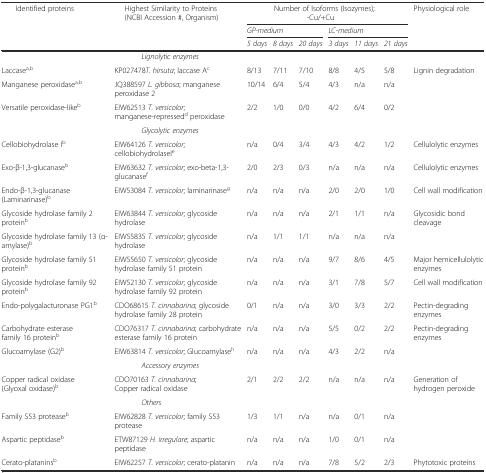
<table><thead><tr><td rowspan="3"><b>Identified proteins</b></td><td rowspan="3"><b>Highest Similarity to Proteins (NCBI Accession #, Organism)</b></td><td colspan="6"><b>Number of Isoforms (Isozymes); -Cu/+Cu</b></td><td rowspan="3"><b>Physiological role</b></td></tr><tr><td colspan="3"><b><i>GP-medium</i></b></td><td colspan="3"><b><i>LC-medium</i></b></td></tr><tr><td><b><i>5 days</i></b></td><td><b><i>8 days</i></b></td><td><b><i>20 days</i></b></td><td><b><i>3 days</i></b></td><td><b><i>11 days</i></b></td><td><b><i>21 days</i></b></td></tr></thead><tbody><tr><td colspan="9"><i>Lignolytic enzymes</i></td></tr><tr><td>Laccase<sup>a,b</sup></td><td>KP027478<i>T. hirsuta</i>; laccase A<sup>c</sup></td><td>8/13</td><td>7/11</td><td>7/10</td><td>8/8</td><td>4/5</td><td>5/8</td><td rowspan="3">Lignin degradation</td></tr><tr><td>Manganese peroxidase<sup>a,b</sup></td><td>JQ388597 <i>L. gibbosa</i>; manganese peroxidase 2</td><td>10/14</td><td>6/4</td><td>5/4</td><td>4/3</td><td>n/a</td><td>n/a</td></tr><tr><td>Versatile peroxidase-like<sup>b</sup></td><td>EIW62513 <i>T. versicolor</i>; manganese-repressed<sup>d</sup> peroxidase</td><td>2/2</td><td>1/0</td><td>0/0</td><td>4/2</td><td>6/4</td><td>0/2</td></tr><tr><td colspan="9"><i>Glycolytic enzymes</i></td></tr><tr><td>Cellobiohydrolase I<sup>b</sup></td><td>EIW64126 <i>T. versicolor</i>; cellobiohydrolaseI<sup>e</sup></td><td>n/a</td><td>0/4</td><td>3/4</td><td>4/3</td><td>4/2</td><td>1/2</td><td>Cellulolytic enzymes</td></tr><tr><td>Exo-β-1,3-glucanase<sup>b</sup></td><td>EIW63632 <i>T. versicolor</i>; exo-beta-1,3-glucanase<sup>f</sup></td><td>2/0</td><td>2/3</td><td>0/3</td><td>n/a</td><td>n/a</td><td>n/a</td><td>Cellulolytic enzymes</td></tr><tr><td>Endo-β-1,3-glucanase (Laminarinase)<sup>b</sup></td><td>EIW53084 <i>T. versicolor</i>; laminarinase<sup>g</sup></td><td>n/a</td><td>n/a</td><td>n/a</td><td>2/0</td><td>2/0</td><td>1/0</td><td>Cell wall modification</td></tr><tr><td>Glycoside hydrolase family 2 protein<sup>b</sup></td><td>EIW63844 <i>T. versicolor</i>; glycoside hydrolase</td><td>n/a</td><td>n/a</td><td>n/a</td><td>2/1</td><td>1/1</td><td>n/a</td><td>Glycosidic bond cleavage</td></tr><tr><td>Glycoside hydrolase family 13 (α-amylase)<sup>b</sup></td><td>EIW55835 <i>T. versicolor</i>; glycoside hydrolase</td><td>n/a</td><td>1/1</td><td>1/1</td><td>n/a</td><td>n/a</td><td>n/a</td><td></td></tr><tr><td>Glycoside hydrolase family 51 protein<sup>b</sup></td><td>EIW55650 <i>T. versicolor</i>; glycoside hydrolase family 51 protein</td><td>n/a</td><td>n/a</td><td>n/a</td><td>9/7</td><td>8/6</td><td>4/5</td><td>Major hemicellulolytic enzymes</td></tr><tr><td>Glycoside hydrolase family 92 protein<sup>b</sup></td><td>EIW52130 <i>T. versicolor</i>; glycoside hydrolase family 92 protein</td><td>n/a</td><td>n/a</td><td>n/a</td><td>3/1</td><td>7/8</td><td>5/7</td><td>Cell wall modification</td></tr><tr><td>Endo-polygalacturonase PG1<sup>b</sup></td><td>CDO68615 <i>T. cinnabarina</i>; glycoside hydrolase family 28 protein</td><td>0/1</td><td>n/a</td><td>n/a</td><td>3/0</td><td>3/3</td><td>2/2</td><td>Pectin-degrading enzymes</td></tr><tr><td>Carbohydrate esterase family 16 protein<sup>b</sup></td><td>CDO76317 <i>T. cinnabarina</i>; carbohydrate esterase family 16 protein</td><td>n/a</td><td>n/a</td><td>n/a</td><td>5/5</td><td>0/2</td><td>2/2</td><td>Pectin-degrading enzymes</td></tr><tr><td>Glucoamylase (G2)<sup>b</sup></td><td>EIW63814 <i>T. versicolor</i>; Glucoamylase<sup>h</sup></td><td>n/a</td><td>n/a</td><td>n/a</td><td>4/3</td><td>2/2</td><td>n/a</td><td></td></tr><tr><td colspan="9"><i>Accessory enzymes</i></td></tr><tr><td>Copper radical oxidase (Glyoxal oxidase)<sup>b</sup></td><td>CDO70163 <i>T. cinnabarina</i>; Copper radical oxidase</td><td>2/1</td><td>2/2</td><td>2/2</td><td>n/a</td><td>n/a</td><td>n/a</td><td>Generation of hydrogen peroxide</td></tr><tr><td colspan="9"><i>Others</i></td></tr><tr><td>Family S53 protease<sup>b</sup></td><td>EIW62828 <i>T. versicolor</i>; family S53 protease</td><td>1/3</td><td>1/1</td><td>n/a</td><td>n/a</td><td>0/1</td><td>n/a</td><td></td></tr><tr><td>Aspartic peptidase<sup>b</sup></td><td>ETW87129 <i>H. irregulare</i>; aspartic peptidase</td><td>n/a</td><td>n/a</td><td>n/a</td><td>1/0</td><td>0/1</td><td>n/a</td><td></td></tr><tr><td>Cerato-platanins<sup>b</sup></td><td>EIW62257 <i>T. versicolor</i>; cerato-platanin</td><td>n/a</td><td>n/a</td><td>n/a</td><td>7/8</td><td>5/2</td><td>2/3</td><td>Phytotoxic proteins</td></tr></tbody></table>